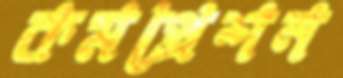
কমপ্রেশন